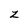
Character: z